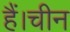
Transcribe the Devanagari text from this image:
हैं।चीन